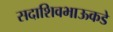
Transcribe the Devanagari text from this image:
सदाशिवभाऊकडे